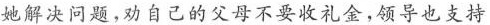
她解决问题，劝自己的父母不要收礼金，领导也支持